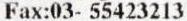
FAX:03- 55423213